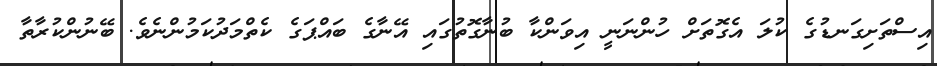
އިސްތަށިގަނޑުގެ ކުލަ އެގޮތަށް ހުންނަނީ އިވަންކާ ބުނާގޮތުގައި އޭނާގެ ބައްޕަގެ ކެތްމަދުކަމުންނެވެ. ބޭނުންކުރާތާ